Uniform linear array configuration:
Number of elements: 16
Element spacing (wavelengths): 0.75
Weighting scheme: kaiser
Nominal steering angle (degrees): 30
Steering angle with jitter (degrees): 31.48
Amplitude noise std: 0.05
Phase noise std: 0.05

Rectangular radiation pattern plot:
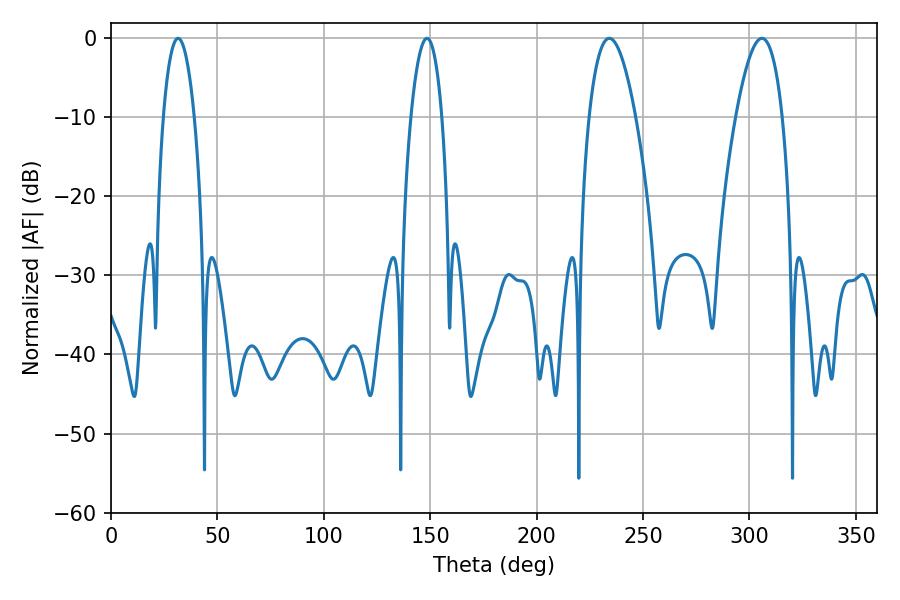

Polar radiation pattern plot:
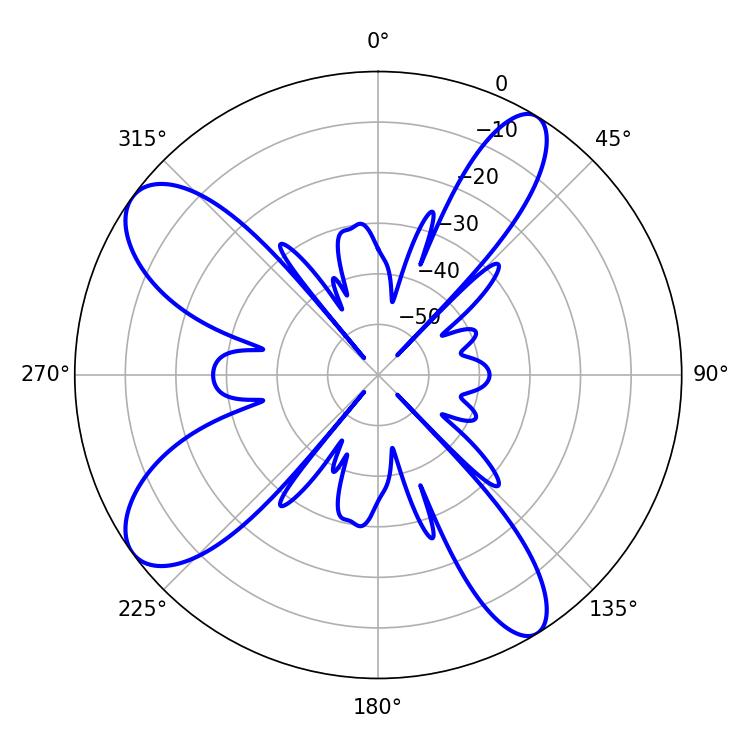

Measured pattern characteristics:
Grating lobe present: TRUE
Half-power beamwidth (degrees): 8.1
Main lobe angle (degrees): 31.5